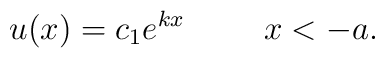
u(x)= c_{1} e^{kx}     \hspace{1. cm}  x<-a .